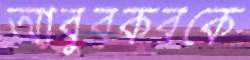
আবুবকরকে